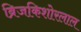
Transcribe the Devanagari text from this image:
ब्रिजकिशोरलाल